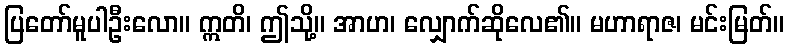
ပြတော်မူပါဦးလော။ ဣတိ၊ ဤသို့။ အာဟ၊ လျှောက်ဆိုလေ၏။ မဟာရာဇ၊ မင်းမြတ်။